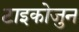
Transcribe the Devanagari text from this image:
टाइकोजुन